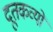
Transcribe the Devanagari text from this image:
दूतकव्यों